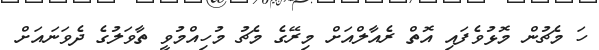
ހަ މެޗުން މޮޅުވެފައި އޮތް ރެއާލްއަށް މިރޭގެ މެޗު މުހިއްމުވީ ތާވަލުގެ ދެވަނައަށް